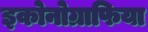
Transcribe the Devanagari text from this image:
इकोनोग्राफिया